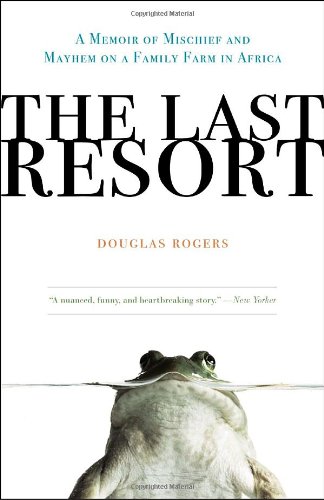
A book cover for The Last Resort: A Memoir of Mischief and Mayhem on a Family Farm in Africa; Douglas Rogers; Biographies & Memoirs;